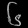
Digit: ၆